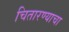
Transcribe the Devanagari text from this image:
चितारण्याचा